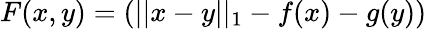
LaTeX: F(x,y)=(||x-y||_{1}-f(x)-g(y))